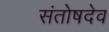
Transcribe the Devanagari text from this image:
संतोषदेव